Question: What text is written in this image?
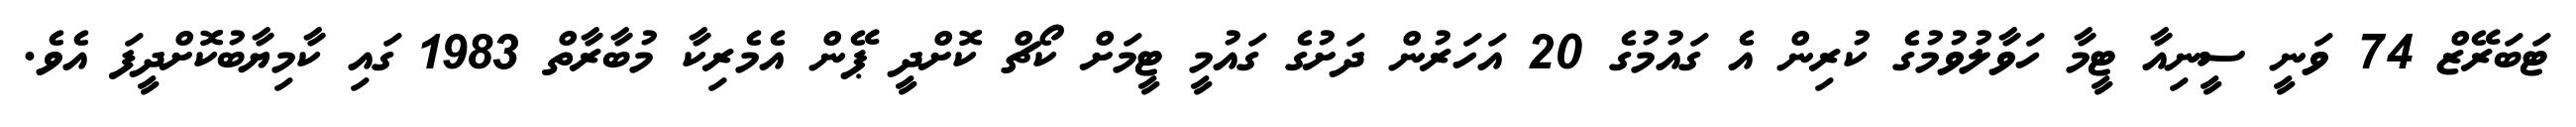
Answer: ޓަބަރޭޒް 74 ވަނީ ސީނިއާ ޓީމާ ހަވާލުވުމުގެ ކުރިން އެ ގައުމުގެ 20 އަހަރުން ދަށުގެ ގައުމީ ޓީމަށް ކޯޗް ކޮށްދީ ޕޭން އެމެރިކާ މުބާރާތް 1983 ގައި ކާމިޔާބުކޮށްދީފަ އެވެ.